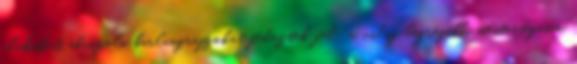
alakokat ábrázoló barlangrajzokat fedeztek fel: a világ legrégebbi mesterségesen